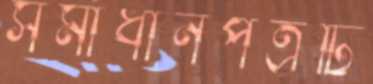
সমাধানপত্রটি